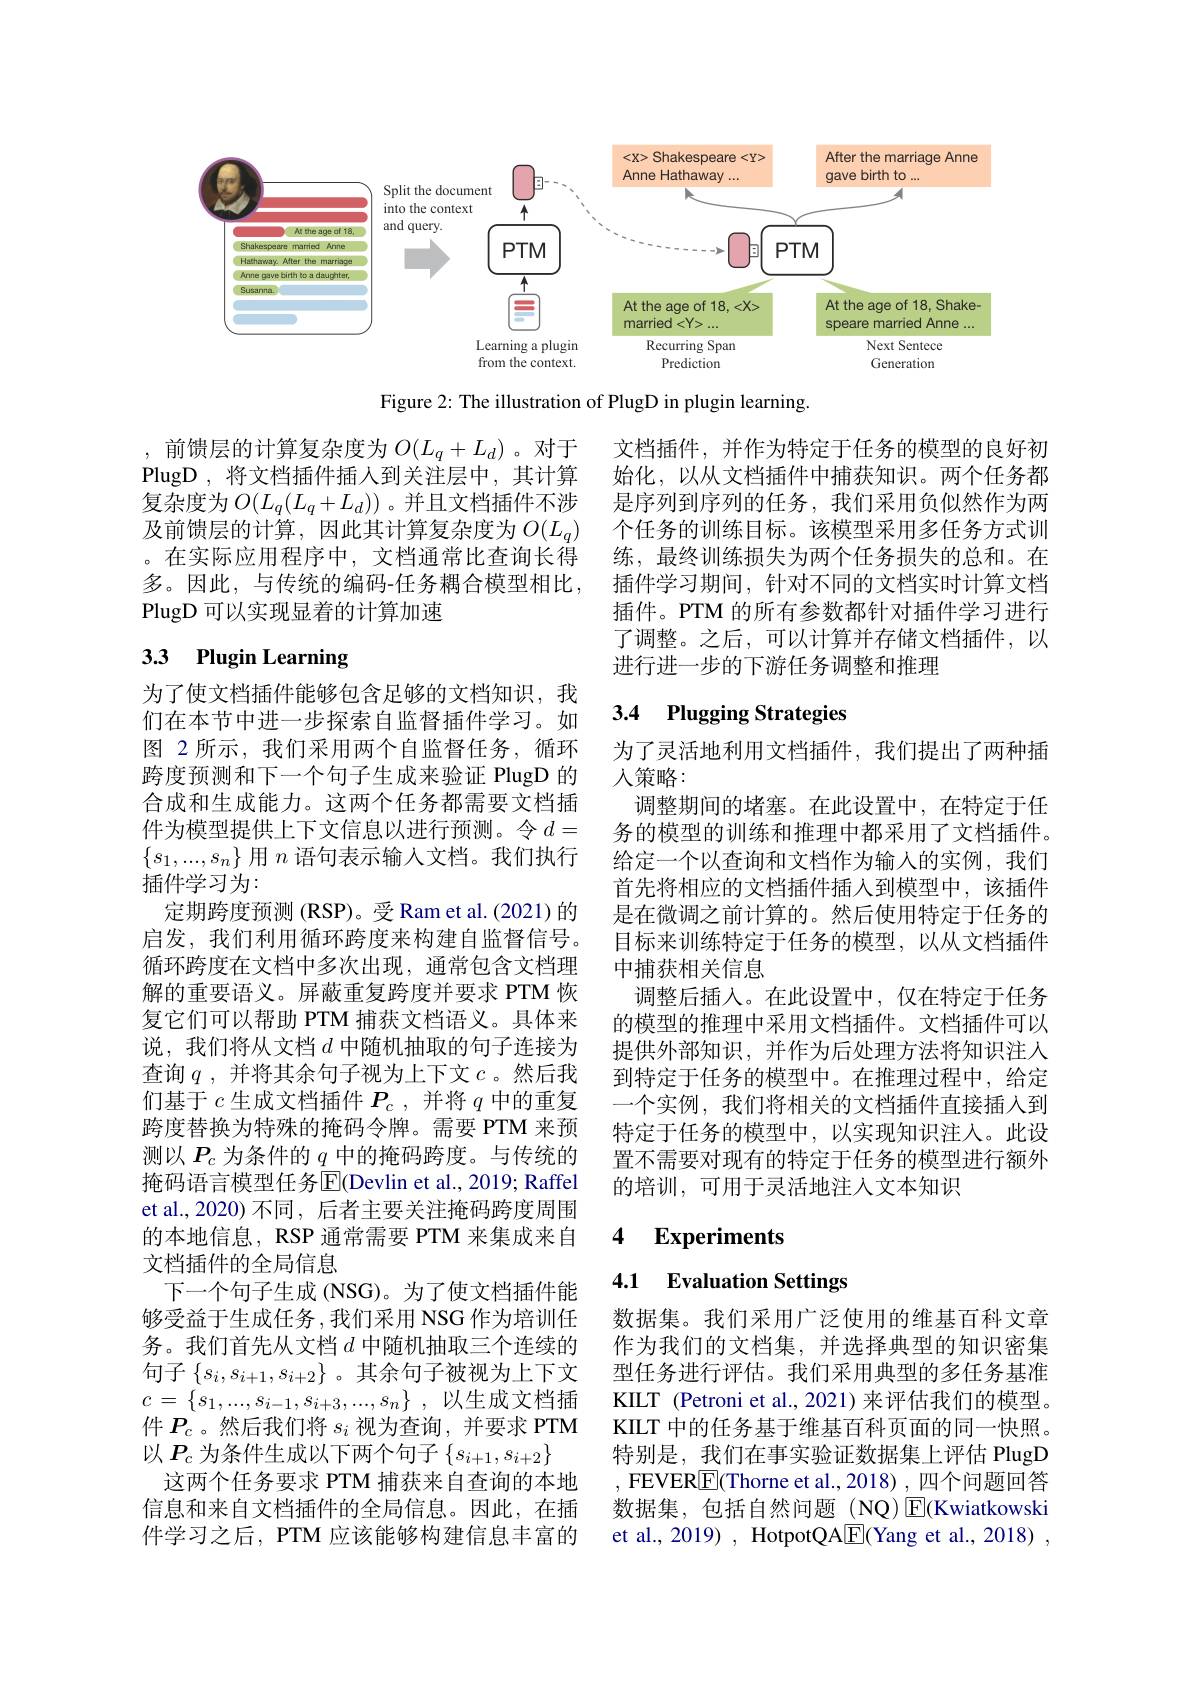
<FigureHere>

Figure 2: The illustration of PlugD in plugin learning.

,前馈层的计算复杂度为$O(L_q+L_d)$ 。对于PlugD , 将文档插件插人到关注层中，其计算复杂度为$O(L_q(L_q+L_d))$。并且文档插件不涉及前馈层的计算，因此其计算复杂度为$O(L_q)$ 。在实际应用程序中，文档通常比查询长得多。因此，与传统的编码-任务耦合模型相比， PlugD 可以实现显着的计算加速

文档插件，并作为特定于任务的模型的良好初始化，以从文档插件中捕获知识。两个任务都是序列到序列的任务，我们采用负似然作为两个任务的训练目标。该模型采用多任务方式训练，最终训练损失为两个任务损失的总和。在插件学习期间，针对不同的文档实时计算文档插件。PTM 的所有参数都针对插件学习进行了调整。之后，可以计算并存储文档插件，以进行进一步的下游任务调整和推理

# 3.3 Plugin Learning

## 3.4 Plugging Strategies

为了灵活地利用文档插件，我们提出了两种插
人策略：
调整期间的堵塞。在此设置中，在特定于任务的模型的训练和推理中都采用了文档插件。给定一个以查询和文档作为输入的实例，我们首先将相应的文档插件插入到模型中，该插件是在微调之前计算的。然后使用特定于任务的目标来训练特定于任务的模型，以从文档插件中捕获相关信息
调整后插入。在此设置中，仅在特定于任务的模型的推理中采用文档插件。文档插件可以提供外部知识，并作为后处理方法将知识注人到特定于任务的模型中。在推理过程中，给定一个实例，我们将相关的文档插件直接插入到特定于任务的模型中，以实现知识注入。此设置不需要对现有的特定于任务的模型进行额外的培训，可用于灵活地注人文本知识

为了使文档插件能够包含足够的文档知识，我们在本节中进一步探索自监督插件学习。如图 2 所示，我们采用两个自监督任务，循环跨度预测和下一个句子生成来验证 PlugD 的合成和生成能力。这两个任务都需要文档插件为模型提供上下文信息以进行预测。令$d=$ $\{s_1,...,s_n\}$用$n$语句表示输入文档。我们执行插件学习为：
定期跨度预测 (RSP)。受 Ram et al.(2021) 的启发，我们利用循环跨度来构建自监督信号。循环跨度在文档中多次出现，通常包含文档理解的重要语义。屏蔽重复跨度并要求 PTM 恢复它们可以帮助 PTM 捕获文档语义。具体来说，我们将从文档$d$中随机抽取的句子连接为查询$q$,并将其余句子视为上下文$c$ 。然后我们基于$c$生成文档插件$P_c$ ,并将$q$中的重复跨度替换为特殊的掩码令牌。需要 PTM 来预测以$P_c$为条件的$q$中的掩码跨度。与传统的掩码语言模型任务$\overline{\mathrm{E}}($Devlin et al., 2019; Raffel et al.,2020) 不同，后者主要关注掩码跨度周围的本地信息，RSP 通常需要 PTM 来集成来自文档插件的全局信息
下一个句子生成 (NSG)。为了使文档插件能够受益于生成任务，我们采用 NSG 作为培训任务。我们首先从文档$d$中随机抽取三个连续的句子$\left\{s_i,s_{i+1},s_{i+2}\right\}$。其余句子被视为上下文$c=\left\{s_1,\ldots,s_{i-1},s_{i+3},\ldots,s_n\right\}$,以生成文档插件$P_c$。然后我们将$s_i$视为查询，并要求 PTM 以$P_c$为条件生成以下两个句子$\{s_i+1,s_{i+2}\}$
这两个任务要求 PTM 捕获来自查询的本地信息和来自文档插件的全局信息。因此，在插件学习之后，PTM 应该能够构建信息丰富的

## 4 Experiments

## 4.1 Evaluation Settings

数据集。我们采用广泛使用的维基百科文章作为我们的文档集，并选择典型的知识密集型任务进行评估。我们采用典型的多任务基准KILT (Petroni et al., 2021) 来评估我们的模型。KILT 中的任务基于维基百科页面的同一快照。特别是，我们在事实验证数据集上评估 PlugD , FEVER$\underline {{\mathrm{E} }}($Thorne et al.,2018),四个问题回答数据集，包括自然问题(NQ)$\boxed{\mathrm{E}}($Kwiatkowski et al., 2019) , HotpotQA$\underline{\mathrm{E}}($Yang et al., 2018) ,